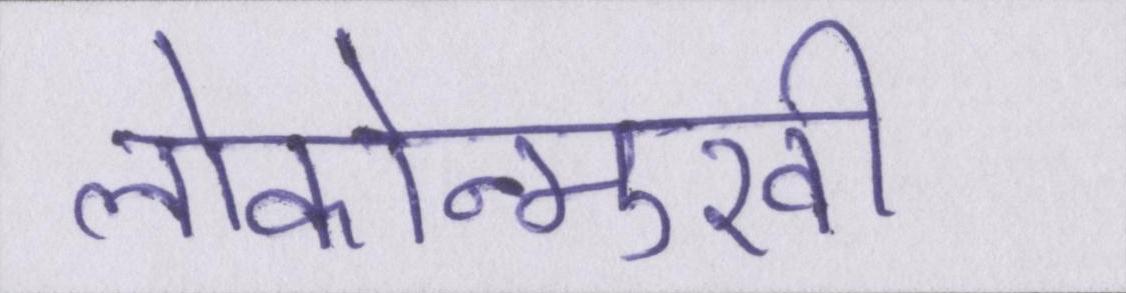
लोकोन्मुखी